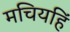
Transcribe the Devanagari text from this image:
मचियहिं